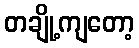
တချို့ကျတော့